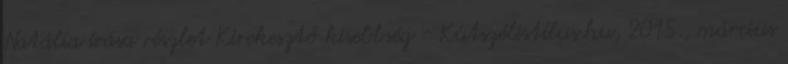
Natália írása részlet Kirekesztő kisebbség - Kútszélistílus.hu, 2015., március